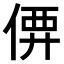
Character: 𠊼